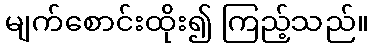
မျက်စောင်းထိုး၍ ကြည့်သည်။